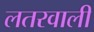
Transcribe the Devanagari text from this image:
लतरवाली